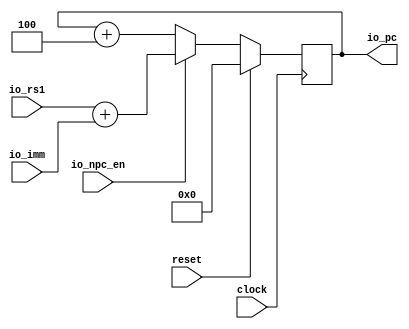
module FetchUnit(
  input         clock,
                reset,
  input  [31:0] io_imm,
                io_rs1,
  input         io_npc_en,
  output [31:0] io_pc
);
  reg [31:0] pc;
  always @(posedge clock) begin
    if (reset)
      pc <= 32'h0;
    else if (io_npc_en)
      pc <= io_rs1 + io_imm;
    else
      pc <= pc + 32'h4;
  end
  assign io_pc = pc;
endmodule